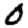
Digit: 0